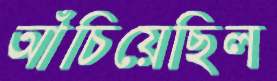
আঁচিয়েছিল